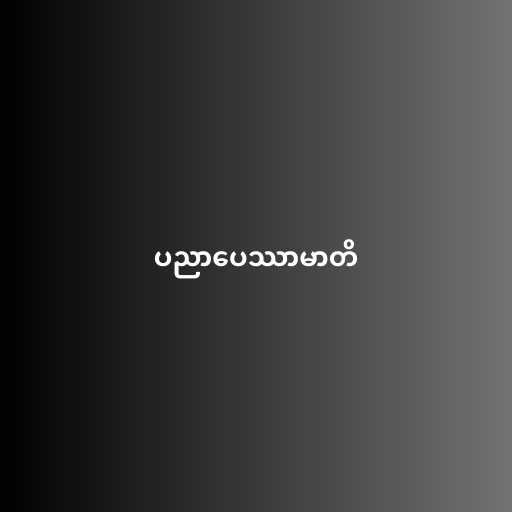
ပညာပေဿာမာတိ